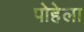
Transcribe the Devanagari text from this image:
पोहेला